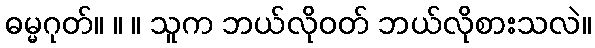
ဓမ္မဂုတ်။ ။ ။ သူက ဘယ်လိုဝတ် ဘယ်လိုစားသလဲ။